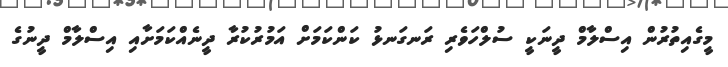
މީގެއިތުރުން އިސްލާމް ދީނަކީ ސުލްހަވެރި ރަނގަނޅު ކަންކަމަށް އަމުރުކުރާ ދީނެއްކަމަށާއި އިސްލާމް ދީނުގެ